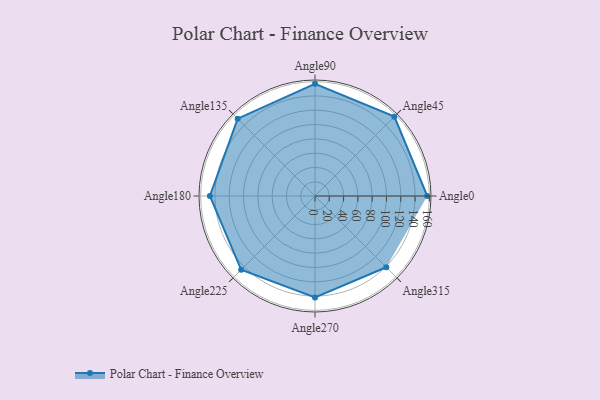
{"axis": {"x": "Angle", "y": "Radius"}, "legend": [""], "data": [{"x": "Angle0", "y": 157.0, "type": ""}, {"x": "Angle45", "y": 157.0, "type": ""}, {"x": "Angle90", "y": 157.0, "type": ""}, {"x": "Angle135", "y": 153.0, "type": ""}, {"x": "Angle180", "y": 147.0, "type": ""}, {"x": "Angle225", "y": 146.0, "type": ""}, {"x": "Angle270", "y": 142.0, "type": ""}, {"x": "Angle315", "y": 141.0, "type": ""}]}